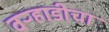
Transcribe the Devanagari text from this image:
वऱ्हाडीचा